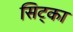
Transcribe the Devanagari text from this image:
सिट्का